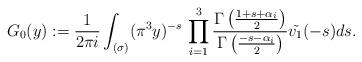
LaTeX: \begin{align*}G_{0}(y) := \frac{1}{2\pi i} \int_{(\sigma)} (\pi^3 y)^{-s} \, \prod_{i=1}^{3} \frac{\Gamma\left(\frac{1+s+{\bf \alpha}_{i}}{2}\right)}{\Gamma\left(\frac{-s-{\bf \alpha}_{i}}{2}\right)} \tilde{v_1}(-s)ds. \end{align*}